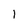
Character: I